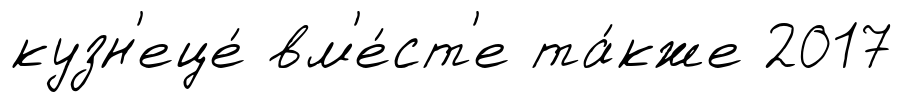
кузн'еце́ вм'е́ст'е та́кже 2017